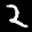
Label: 2